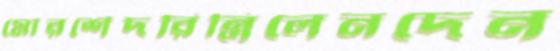
মোরর্শেদরিন্তিলেনদেন